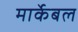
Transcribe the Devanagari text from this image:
मार्केबल